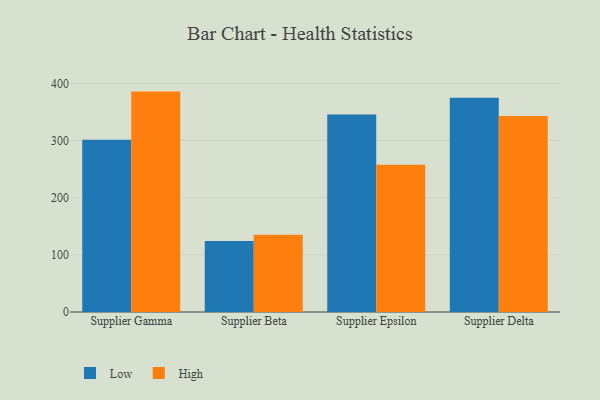
{"axis": {"x": "Supplier", "y": "Inventory Turnover"}, "legend": ["High", "Low"], "data": [{"x": "Supplier Gamma", "y": 301.3, "type": "Low"}, {"x": "Supplier Gamma", "y": 385.7, "type": "High"}, {"x": "Supplier Beta", "y": 124.3, "type": "Low"}, {"x": "Supplier Beta", "y": 135.0, "type": "High"}, {"x": "Supplier Epsilon", "y": 345.8, "type": "Low"}, {"x": "Supplier Epsilon", "y": 257.6, "type": "High"}, {"x": "Supplier Delta", "y": 374.9, "type": "Low"}, {"x": "Supplier Delta", "y": 343.1, "type": "High"}]}